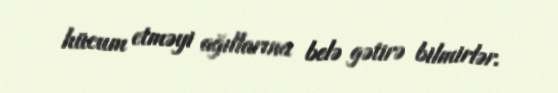
hücum etməyi ağıllarına belə gətirə bilmirlər.